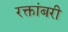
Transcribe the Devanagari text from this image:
रक्तांबरी